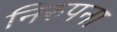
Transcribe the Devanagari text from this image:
निरुपना